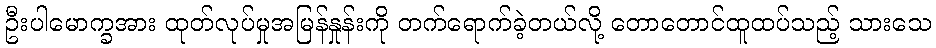
ဦးပါမောက္ခအား ထုတ်လုပ်မှုအမြန်နှုန်းကို တက်ရောက်ခဲ့တယ်လို့ တောတောင်ထူထပ်သည့် သားသေ